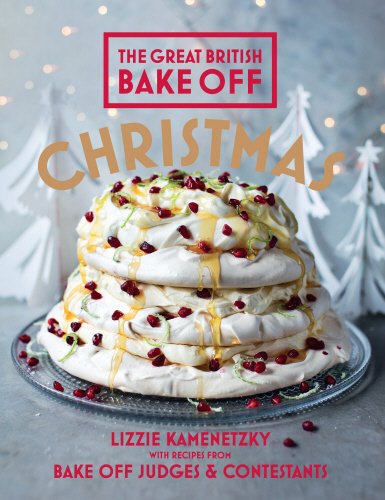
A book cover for Great British Bake Off: Christmas; Lizzie Kamenetzky; Cookbooks, Food & Wine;